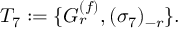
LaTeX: T _ { 7 } : = \{ G _ { r } \sp { ( f ) } , ( \sigma _ { 7 } ) \sb { - r } \} .